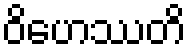
ဝိဟေဿတိ